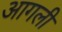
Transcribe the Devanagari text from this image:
आगली